Annual report on the health of the army in India
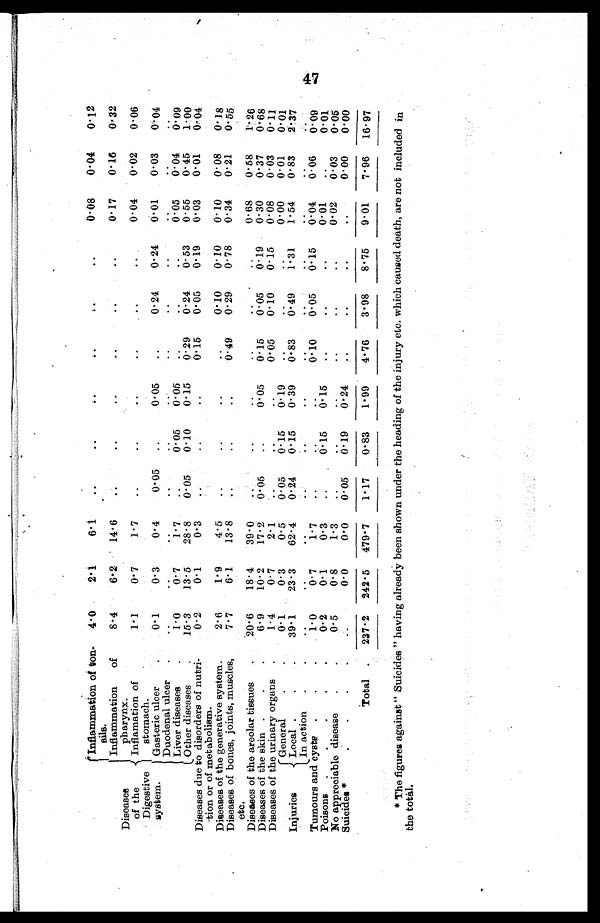
Diseases
of the
Digestive
system.
Inflammation of ton
¬sils.
4.0
2.1
6.1
. .
. .
. .
..
..
..
0.08
0.04
0.12
Inflammation of
pharynx.
8.4
6.2
14.6
. .
. .
. .
. .
. .
. .
0.17
0.16
0.32
Inflamation of
stomach.
1.1
0.7
1.7
. .
. .
. .
. . ..
..
0.04
0.02
0.06
Gasteric ulcer
.
0.1
0.3
0.4
0.05
. .
0.05
. .
0.24
0.24
0.01
0.03
0.04
Duodenal ulcer .
. .
. .
. .
. .
. .
. .
. .
. .
. .
. .
. .
. .
Liver diseases
.
1.0
0.7
1.7
. .
0.05
0.05
. .
. .
. .
0.05
0.04
0.09
Other diseases
.
15.3
13.5
28.8
0.05
0.10
0.15
0.29
0.24
0.53
0.55
0.45
1.00
Diseases due to disorders of nutri
¬tion or of metabolism.
0.2
0.1
0.3
. .
. .
. .
0.15
0.05
0.19
0.03
0.01
0.04
Diseases of the generative system.
2.6
1.9
4.5
. .
. .
. .
. .
0.10
0.10
0.10
0.08
0.18
Diseases of bones, joints, muscles,
etc.
7.7
6.1
13.8
. .
. .
..
0.49
0.29
0.78
0.34
0.21
0.55
Diseases of the areolar tissues
.
20.6
18.4
39.0
. .
. .
. .
. .
..
. .
0.68
0.58
1. 26
Diseases of the skin . . .
6.9
10.2
17.2
0.05
. .
0.05
0.15
0.05
0.19
0.30
0.37
0.68
Diseases of the urinary organs .
1.4
0.7
2.1
. .
. .
. .
0.05
0.10
0.15
0.08
0.03
0.11
Injuries
General
0.1
0.3
0.5
0.05
0.15
0.19
. .
. .
..
0.00
0.01
0.01
Local . .
39.1
23.3
62.4
0.24
0.15
0.39
0. 83
0.49
1.31
1.54
0.83
2.37
In action
.
. .
. .
. .
. .
. .
..
. .
. .
. .
. .
. .
. .
Tumours and cyste . . .
1.0
0.7
1.7
. .
. .
. .
0.10
0.05
0.15
0.04
0.06
0.09
Poisons . . . . .
0.2
0.1
0.3
. .
0.15
0.15
. .
. .
. .
0.01
. .
0.01
No appreciable disease
. .
0.5
0.8
1.3
. .
. .
. .
. .
..
. .
0.02
0.03
0.05
Suicides *
....
. .
0.0
0.0
0.05
0.19
0.24
..
. .
. .
. .
0.00
0.00
Total .
237.2
242.5 479.7
1.17
0.83
1.99
4.76
3.98
8.75
9.01
7.96 16.97
* The figures against " Suicides " having already been shown under the heading of the injury etc. which caused death, are not included in
the total.
47